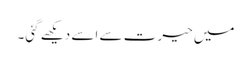
میں حیرت سے اسے دیکھے گئی۔